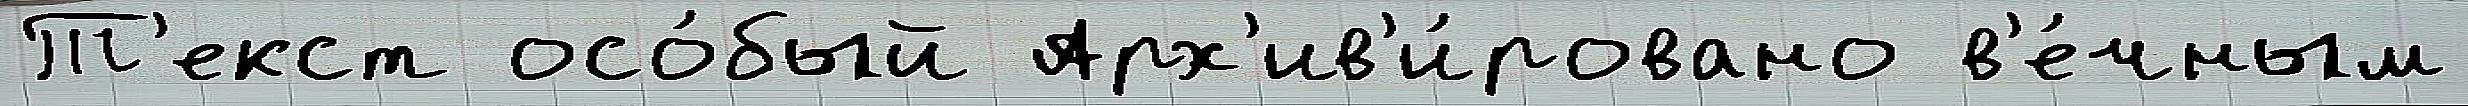
Т'екст осо́бый Арх'ив'и́ровано в'е́чным